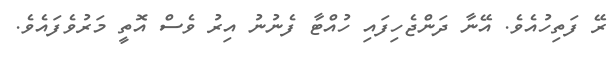
ރޭ ފަތިހުއެވެ. އޭނާ ދަންޖެހިފައި ހުއްޓާ ފެނުނު އިރު ވެސް އޮތީ މަރުވެފައެވެ.